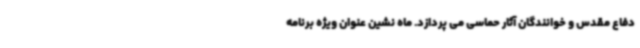
دفاع مقدس و خوانندگان آثار حماسی می پردازد. ماه نشین عنوان ویژه برنامه